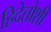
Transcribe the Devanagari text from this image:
हिदेतोशी